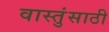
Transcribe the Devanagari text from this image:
वास्तुंसाठी